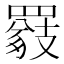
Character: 𦌖